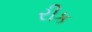
રીક